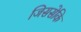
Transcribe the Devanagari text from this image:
जिससेकि